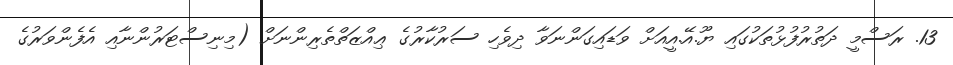
13. ރަސްމީ ދަތުރުފުޅުތަކުގައި ޔޫ.އޭ.އީއަށް ވަޑައިގަންނަވާ ދިވެހި ސަރުކާރުގެ ޢިއްޒަތްތެރިންނަށް (މިނިސްޓަރުންނާއި އެފެންވަރުގެ